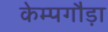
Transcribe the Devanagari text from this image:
केम्पगौड़ा